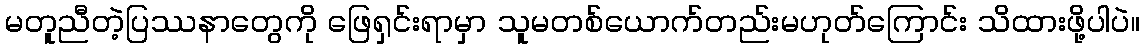
မတူညီတဲ့ပြဿနာတွေကို ဖြေရှင်းရာမှာ သူမတစ်ယောက်တည်းမဟုတ်ကြောင်း သိထားဖို့ပါပဲ။